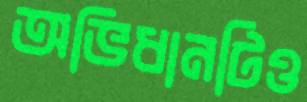
অভিধানটিও